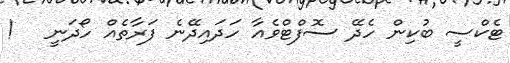
ޓެކްސީ ބުކިން ހެދޭ ސޮފްޓްވެއާ ހަދައިދޭނެ ފަރާތެއް ހޯދަނީ   !